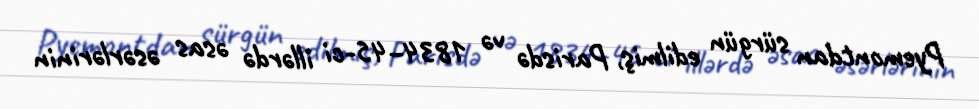
Pyemontdan sürgün edilmiş, Parisdə və 1834–45-ci illərdə əsas əsərlərinin